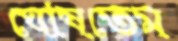
ঘোষতেম